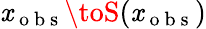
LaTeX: \mathit{x}_{\mathrm{{~o~b~s~}}}\toS(\mathit{x}_{\mathrm{{~o~b~s~}}})